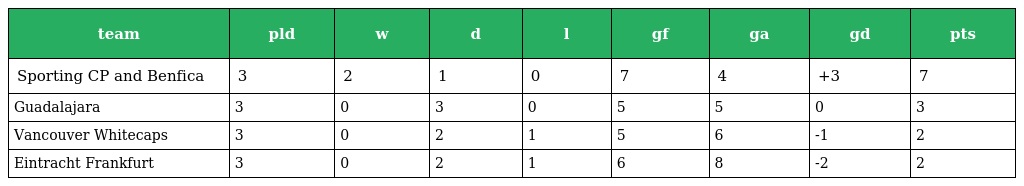
| team | pld | w | d | l | gf | ga | gd | pts |
 | --- | --- | --- | --- | --- | --- | --- | --- | --- |
 | Sporting CP and Benfica | 3 | 2 | 1 | 0 | 7 | 4 | +3 | 7 |
 | Guadalajara | 3 | 0 | 3 | 0 | 5 | 5 | 0 | 3 |
 | Vancouver Whitecaps | 3 | 0 | 2 | 1 | 5 | 6 | -1 | 2 |
 | Eintracht Frankfurt | 3 | 0 | 2 | 1 | 6 | 8 | -2 | 2 |